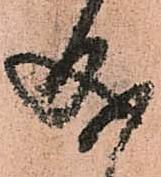
成